Lunatic asylums Central Provinces reports 1895-1909 - 1895-1909
Year: 1895
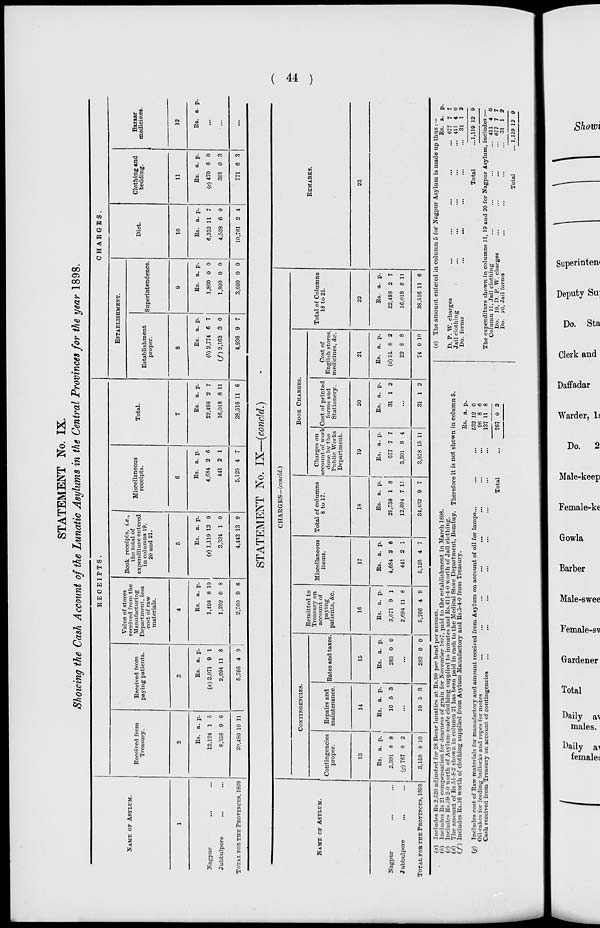
( 44 )
STATEMENT No. IX.
Showing the Cash Account of the Lunatic Asylums in the Central Provinces for the year 1898.
NAME OF ASYLUM.
1
Nagpur ... ...
Jubbulpore ... ...
TOTAL FOR THE PROVINCES, 1898
RECEIPTS.
Received from
Treasury.
2
Rs.
12,124
8,356
20,480
a.
1
9
10
p.
5
6
11
Received from
paying patients.
3
Rs.
(a) 3,071
2,694
5,766
a.
9
11
4
p.
1
8
9
Value of stores
received from the
Manufacturing
Department, less
cost of raw
materials.
4
Rs.
1,498
1,202
2,700
a.
8
0
9
p.
10
8
6
Book receipts, i.e.,
the total of
expenditure entered
in columns 19,
20 and 21.
5
Rs.
(e) 1,119
3,324
4,443
a.
12
1
13
p.
9
0
9
Miscellaneous
receipts.
6
Rs.
4,684
441
5,125
a.
2
2
4
p.
6
1
7
Total.
7
Rs.
22,498
16,018
38,516
a.
2
8
11
p.
7
11
6
CHARGES.
ESTABLISHMENT.
Establishment
proper.
8
Rs.
(b) 2,774
(f) 2,162
4,936
a.
6
3
9
p.
7
0
7
Superintendence.
9
Rs.
1,800
1,800
3,600
a.
0
0
0
p.
0
0
0
Diet.
10
Rs.
6,252
4,528
10,781
a.
11
6
2
p.
7
9
4
Clothing and
bedding.
11
Rs.
(c) 470
301
771
a.
6
0
6
p.
0
3
3
Bazaar
medicines.
12
Rs. a. p.
...
...
...
STATEMENT No. IX—(concld.)
NAME OF ASYLUM.
Nagpur ... ...
Jubbulpore ... ...
TOTAL FOR THE PROVINCES, 1898
CHARGES—(concld.)
CONTINGENCIES.
Contingencies
proper.
13
Rs.
2,391
(g)767
3,158
a.
8
0
8
p.
8
2
10
Repairs and
maintenance.
14
Rs.
10
a.
5
p.
3
...
10 5 3
Rates and taxes.
15
Rs.
283
a.
0
p.
0
...
283 0 0
Remitted to
Treasury on
account of
paying
patients, &c.
16
Rs.
3,071
2,694
5,766
a.
9
11
4
p.
1
8
9
Miscellaneous
items.
17
Rs.
4,684
441
5,125
a.
2
2
4
p.
6
1
7
Total of columns
8 to 17.
18
Rs.
21,738
12,694
34,432
a.
1
7
9
p.
8
11
7
BOOK CHARGES.
Charges on
account of work
done by the
Public Works
Department.
19
Rs.
677
3,301
3,978
a.
7
8
15
p.
7
4
11
Cost of printed
forms and
Stationery.
20
Rs.
31
a.
1
p.
2
...
31 1 2
Cost of
English stores,
medicines, &c.
21
Rs.
(d)51
22
74
a.
8
8
0
p.
2
8
10
Total of Columns
18 to 21.
22
Rs.
22,498
16,018
38,516
a.
2
8
11
p.
7
11
6
REMARKS.
23
(a)
(b)
(c)
(d)
(f)
(g)
Includes Rs.2,520 adjusted for 28 Berar lunatics at Rs.90 per head per annum.
Includes Rs. 21 compensation for dearness of grain for November 1897, paid to the establishment in March 1898.
Includes Rs.59-2-0 worth of Asylum-made clothing supplied to inmates and Rs.411-4-0 worth of Jail clothing.
The amount of Rs.51-8-2 shown in column 21 has been paid in cash to the Medical Store Department, Bombay. Therefore it is not shown in column 5.
Includes Rs.16 worth of clothing supplied from Asylum Manufactory and Rs.5-4-0 from Treasury.
Includes cost of Raw materials for manufactory and amount received from Asylum on account of oil for lamps ... ... ...
Oil-cakes for feeding bullocks and ropes for motes
...
...
...
...
...
...
...
...
Cash received from Treasury on account of contingencies ... ... ... ... ... ... ... ...
Total ...
Rs.
532
96
137
767
a.
12
8
11
0
p.
0
6
8
2
(e) The amount entered in column 5 for Nagpur Asylum is made up thus : —
D. P. W. charges ... ... ... ... ...
Jail clothing
...
...
...
...
...
Do. forms
...
...
...
...
...
Total ...
Rs.
677
411
31
1,119
a.
7
4
1
12
p.
7
0
2
9
The expenditure shown in columns 11, 19 and 20 for Nagpur Asylum, includes :—
Column 11, Jail clothing ... ... ... ...
Do. 19, D. P. W. charges ... ... ... ...
Do. 20, Jail forms ... ... ... ...
Total ...
411
677
31
1,119
4
7
1
12
0
7
2
9